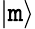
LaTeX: |\mathtt{m}\rangle